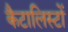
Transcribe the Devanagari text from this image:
कैटालिस्टों